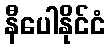
နီပေါနိုင်ငံ